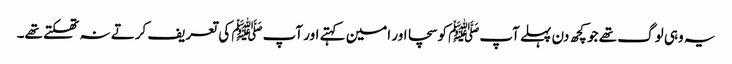
یہ وہی لوگ تھے جو کچھ دن پہلے آپﷺ کو سچا اور امین کہتے اور آپﷺ کی تعریف کرتے نہ تھکتے تھے۔